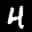
Label: 4